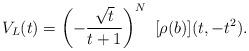
LaTeX: \begin{align*}V_L(t)=\left(-{\sqrt{t} \over t+1}\right)^N ~[\rho(b)](t, -t^2).\end{align*}